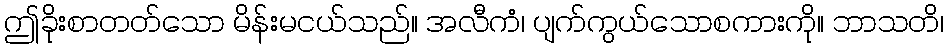
ဤခိုးစာတတ်သော မိန်းမငယ်သည်။ အလီကံ၊ ပျက်ကွယ်သောစကားကို။ ဘာသတိ၊